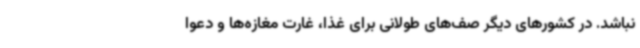
نباشد. در کشورهای دیگر صف‌های طولانی برای غذا، غارت مغازه‌ها و دعوا